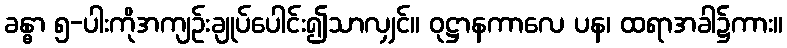
ခန္ဓာ ၅-ပါးကိုအကျဉ်းချုပ်ပေါင်း၍သာလျှင်။ ဝုဋ္ဌာနကာလေ ပန၊ ထရာအခါ၌ကား။